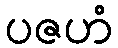
ပဇဟံ